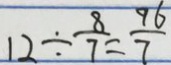
1 2 \div \frac { 8 } { 7 } = \frac { 9 6 } { 7 }